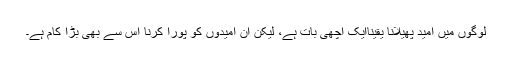
لوگوں میں امید پھیلانا یقیناًایک اچھی بات ہے، لیکن ان امیدوں کو پورا کرنا اُس سے بھی بڑا کام ہے۔